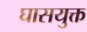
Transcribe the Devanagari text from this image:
घासयुक्त